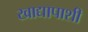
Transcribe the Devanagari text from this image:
खाद्यापाशी